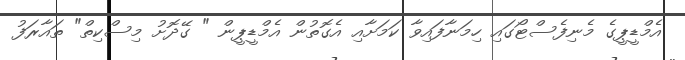
އެމްޑީޕީގެ މެނިފެސްޓޯގައި ހިމަނާފައިވާ ކަމަށާއި އެގޮތުން އެމްޑީޕީން " ގޭދޮށު މިސްކިތް" ތައާރަފު